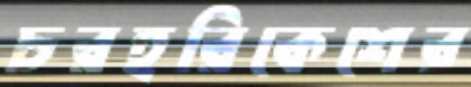
চরহরিকেশের